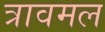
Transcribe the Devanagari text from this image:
त्रावमल